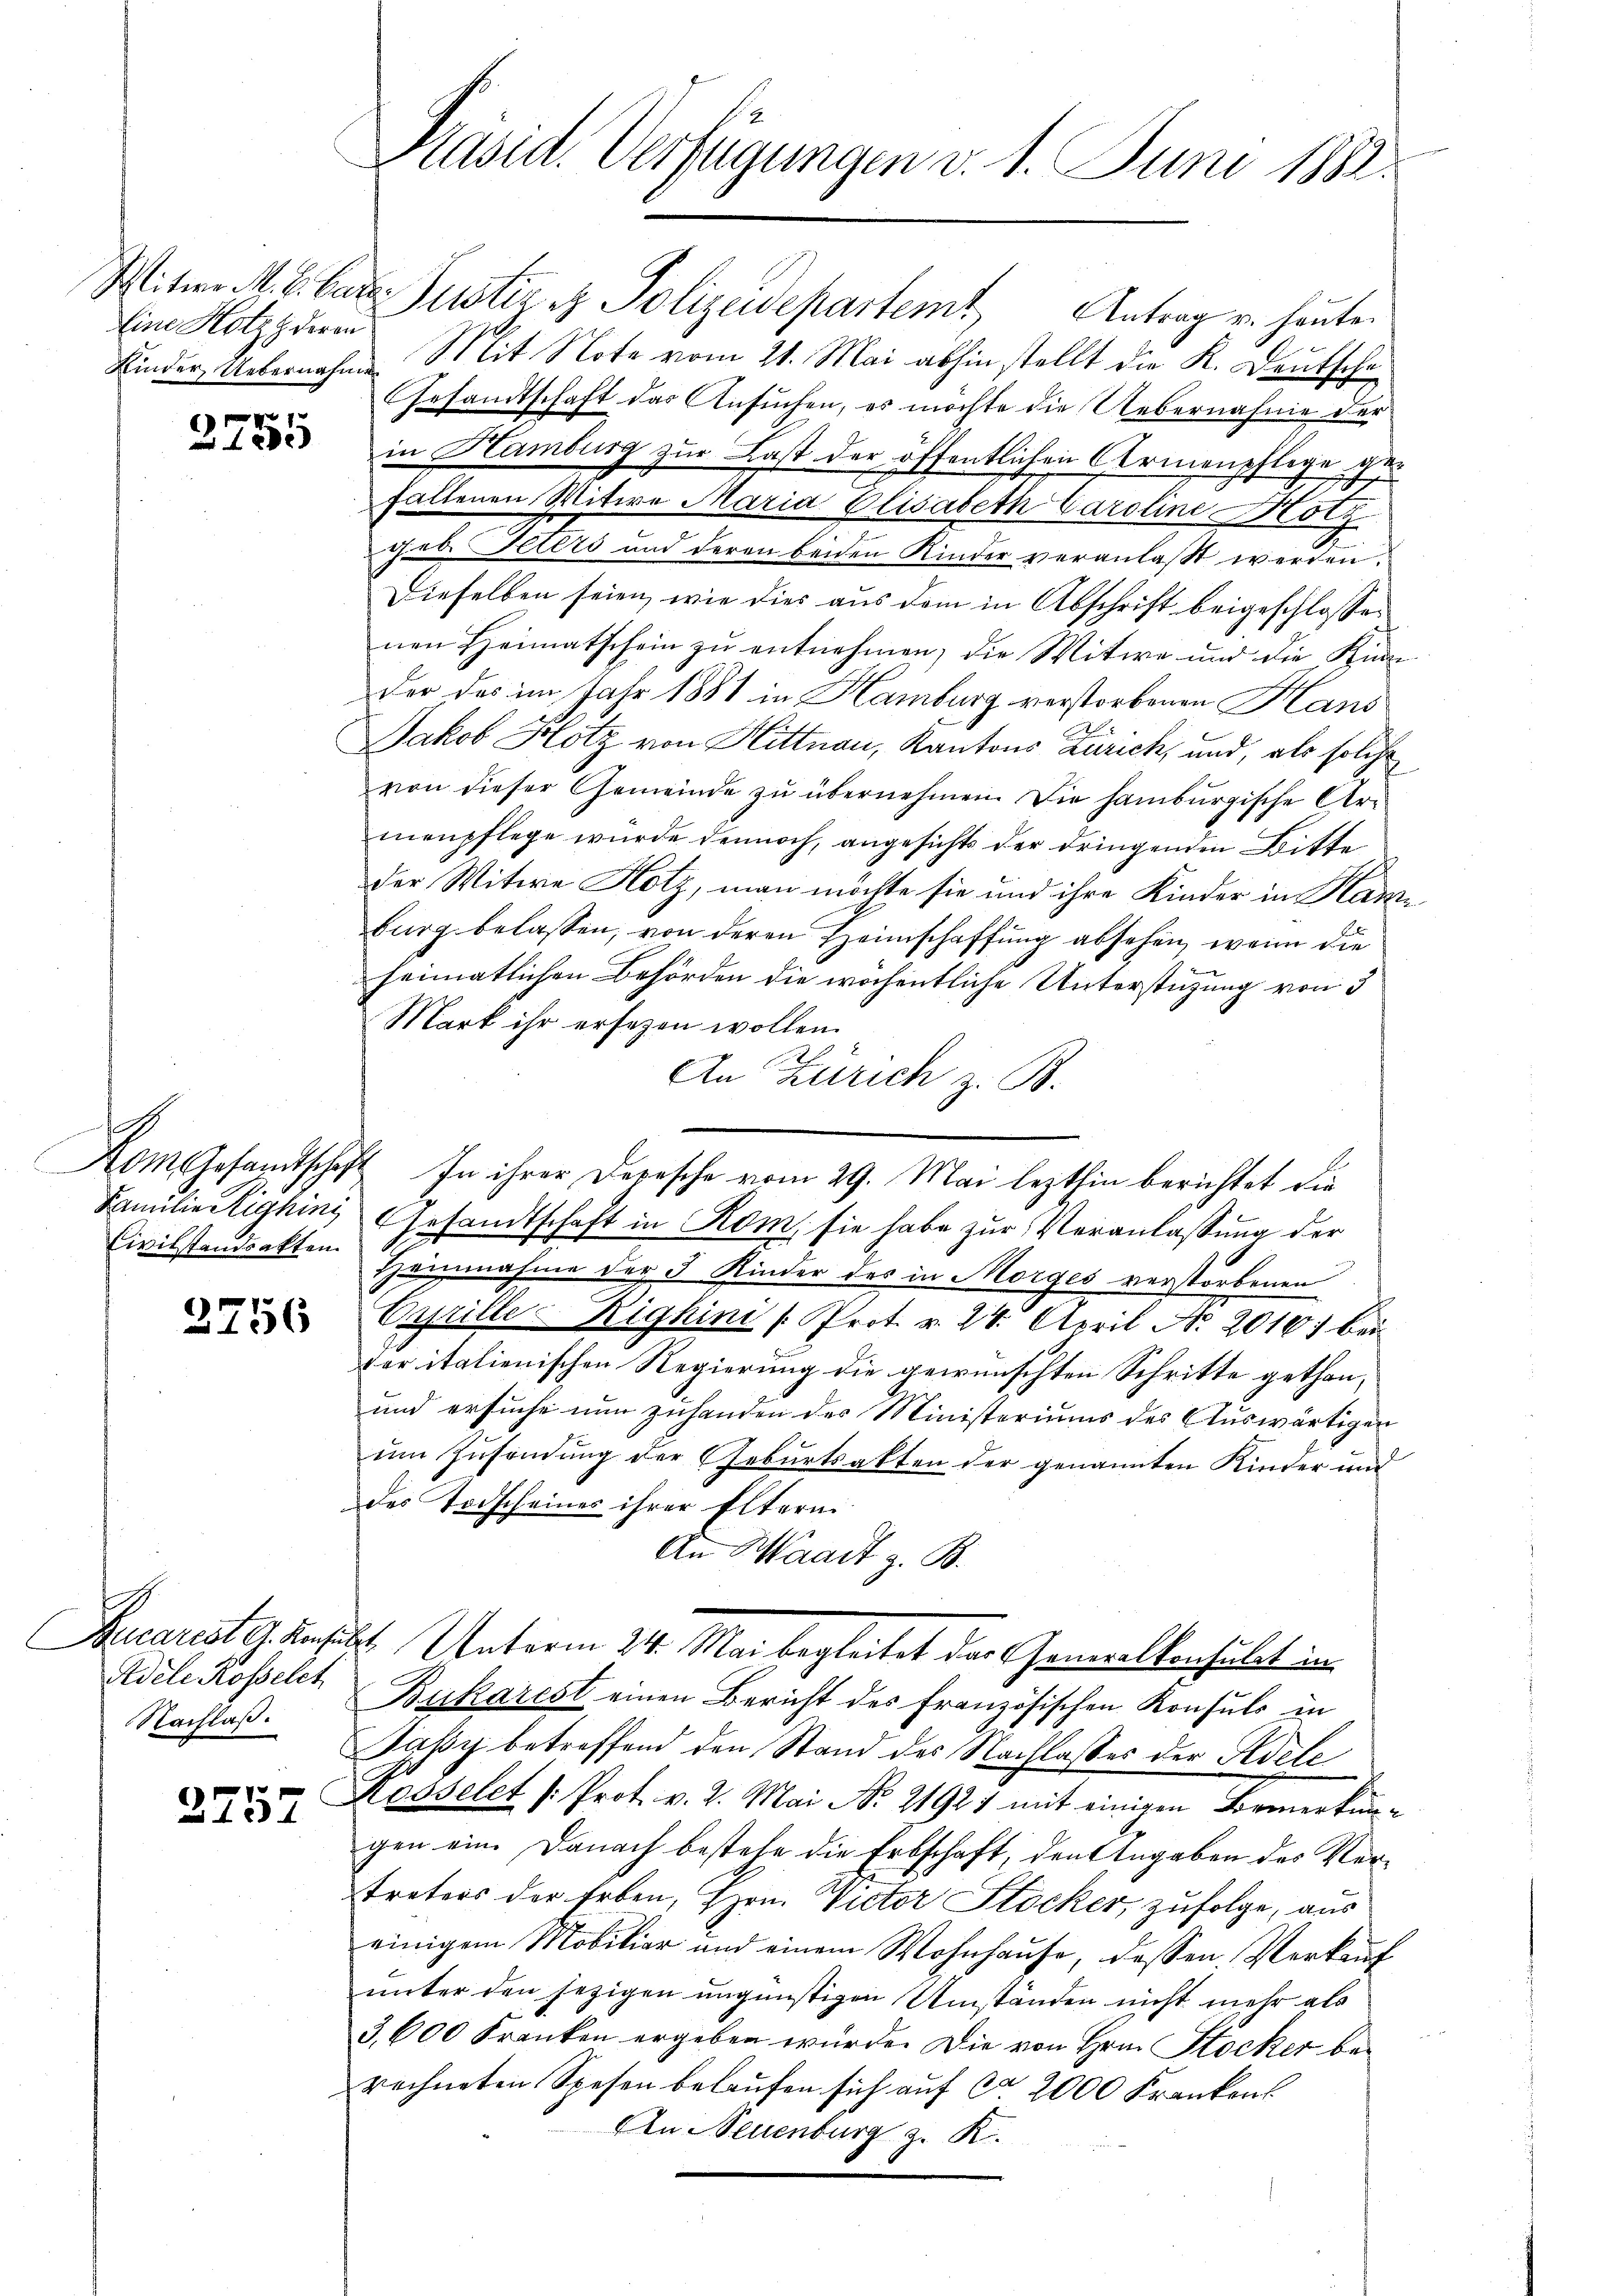
Eine Hotz deren

2755

h
Civilstandsakten.

3756

Adele Rosselet
Nachlaß.

2757

Präsid. Verfügungen d. 1. Juni 1882.

Witwe M. E. Car Justiz & Polizeidepartemt Antrag u. heute.
Kinder Uebernahmen Mit Note vom 21. Mai abhin stellt die K. Deutsche
Gesandtschaft das Ansuchen, es möchte die Uebernahme der
in Hamburg zur Last der öffentlichen Armenpflege gefallenen Witwe Maria Elisabeth Caroline Kotz
geb. Peters und deren beiden Kinder veranlaßt werden.
Dieselben seien, wie dies aus dem in Abschrift beigeschlossen
nen Heimatschein zŭ entnehmen, die Witwe und die Kinn
der das im Jahr 1881 in Hamburg verstorbenen Hans
Jakob Hotz von Hittnau, Kantons Zürich, und, als solche
von dieser Gemeinde zu übernehmen. Die Hamburgische Armenpflege wurde dennoch, angesichts der dringenden Bitte
der Witwe Hotz, man möchte sie und ihre Kinder in Kame
burg belassen, von deren Heimschaffung absehen, wenn die
heimatlichen Behörden die wöchentliche Unterstützung von 3
Mark ihr ersezen wollen.
An Zürich z. B.
Familie tighin Gesandtschaft in Rom, sie habe zur Veranlassung der
Heinnahme der 3 Kinder des in Morges verstorbenen
Cyrille Righini Prot. v. 24. April No 2010 bei
der italienischen Regierung die gewünschten Schritte gethan,
und ersuche nun zuhanden der Ministeriums des Auswärtigen
um Zusendung der Geburtsakten der genannten Kinder und
des Todscheines ihrer Eltern.
An Waadt z. B.
Bucarist gesicht Unterm 24. Mai begleitet das Generaltenhubet in
Bukarest einen Bericht des Französischen Konsuls in
Jassy betreffend den Stand des Nachlasses der Adele
Kesselet /: Prot. v. 2. Mai No 21921 mit einigen Bemerkungen ein. Danach bestehe die Erbschaft, den Angaben des Vertreters der Erben, Hrn. Victor Stocker, zufolge, aus
einigem Mobiliar und einem Wohnhause, dessen Verkauf
unter den jezigen ungünstigen Umständen nicht mehr als
3,600 Franken ergeben wurde. Die von Hrn. Stocker berechneten Spesen belaufen sich auf ca 2000 Franken
An Neuenburg z. K.

Aom Gesandtschaft. In ihrer Depesche vom 29. Mai lezthin berichtet die